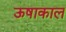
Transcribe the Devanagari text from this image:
ऊषाकाल